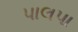
પાલપા